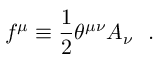
f ^ { \mu } \equiv { \frac { 1 } { 2 } } \theta ^ { \mu \nu } A _ { \nu } ~ ~ .